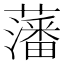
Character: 藩